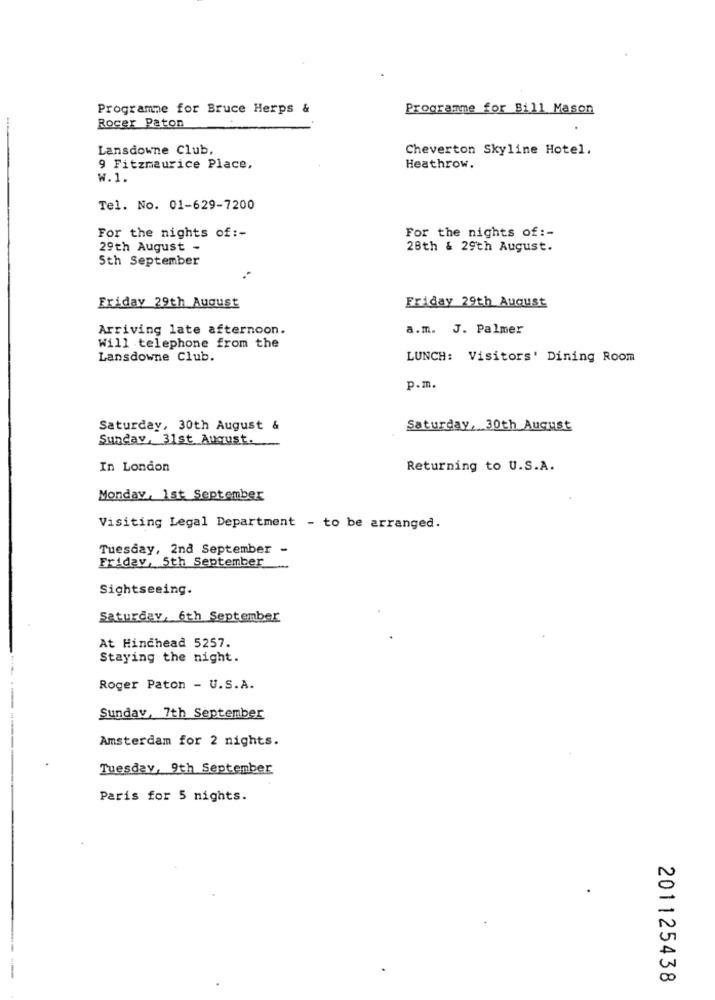
Programme for Bruce Herps &
Programme for Bill Mason
Rocer Paton
Lansdowne Club,
Cheverton Skyline Hotel.
9 Fitzmaurice Place,
Heathrow.
W.1.
Tel. No. 01-629-7200
For the nights of :-
For the nights of :-
29th August -
28th & 29th August.
5th September
Friday 29th August
Friday 29th August
Arriving late afternoon.
a.m. J. Palmer
Will telephone from the
Lansdowne Club.
LUNCH: Visitors' Dining Room
p.m.
Saturday, 30th August &
Saturday, 30th August
Sunday, 31st August.
In London
Returning to U.S.A.
Monday, 1st September
Visiting Legal Department - to be arranged.
Tuesday, 2nd September
Friday, 5th September
Sightseeing.
Saturday, 6th September
At Hinchead 5257.
Staying the night.
Roger Paton - U.S.A.
Sunday, 7th September
Amsterdam for 2 nights.
Tuesday, 9th September
Paris for 5 nights.
201125438